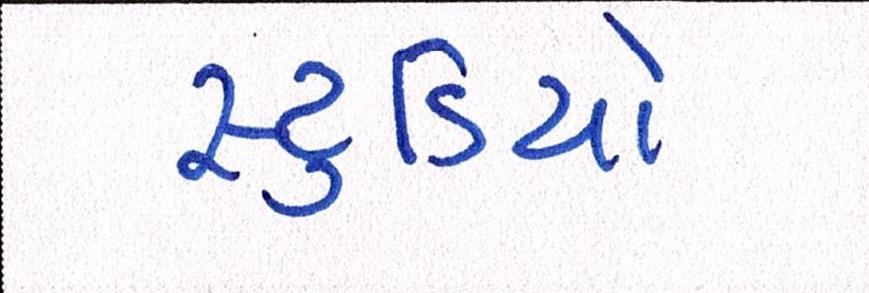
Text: સ્ટુડિયો